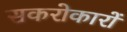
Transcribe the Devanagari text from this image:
सकरोकारों